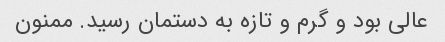
عالی بود و گرم و تازه به دستمان رسید. ممنون